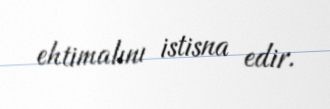
ehtimalını istisna edir.